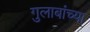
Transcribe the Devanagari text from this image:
गुलाबांच्या